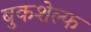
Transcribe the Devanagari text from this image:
बुकशेल्फ